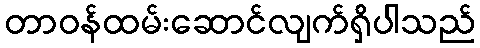
တာဝန်ထမ်းဆောင်လျက်ရှိပါသည်